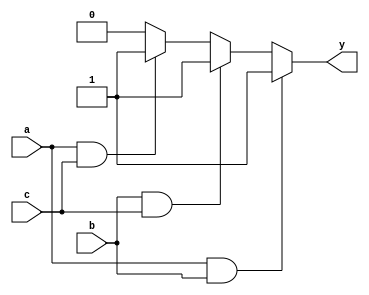
module combinational_logic (
    input wire a,
    input wire b,
    input wire c,
    output reg y
);

// Always block with sensitivity list
always @ (a or b or c) begin
    // Logic description using conditional statements
    if (a && b) begin
        y = 1; // If both a and b are high, output y is high
    end else if (b && c) begin
        y = 1; // If both b and c are high, output y is high
    end else if (a && c) begin
        y = 1; // If both a and c are high, output y is high
    end else begin
        y = 0; // Otherwise, output y is low
    end
end

endmodule